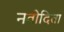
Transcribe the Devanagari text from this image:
नवोदिता